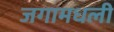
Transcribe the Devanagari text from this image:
जगामधली